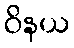
ဝိနယ